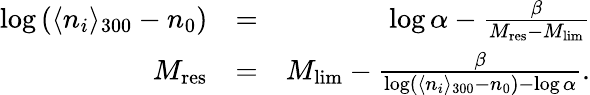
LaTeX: \begin{array}{rlr}{\log\left(\langle n_{i}\rangle_{300}-n_{0}\right)}&{=}&{\log\alpha-\frac{\beta}{M_{\mathrm{res}}-M_{\mathrm{lim}}}}\\ {M_{\mathrm{res}}}&{=}&{M_{\mathrm{lim}}-\frac{\beta}{\log\left(\langle n_{i}\rangle_{300}-n_{0}\right)-\log\alpha}.}\end{array}